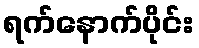
ရက်နောက်ပိုင်း